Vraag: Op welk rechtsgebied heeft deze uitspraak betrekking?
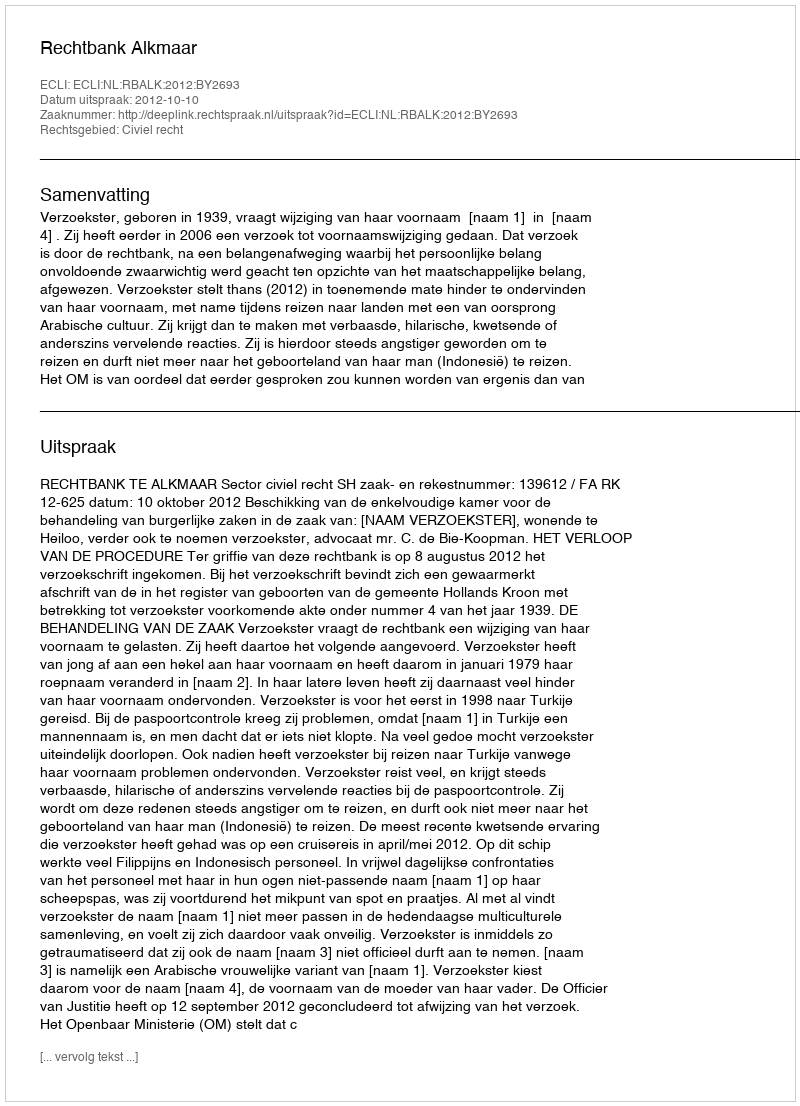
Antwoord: Civiel recht